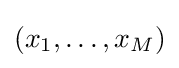
(x_{1},\ldots ,x_{M})